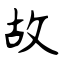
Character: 故